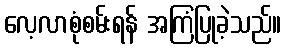
လေ့လာစုံစမ်းရန် အကြံပြုခဲ့သည်။